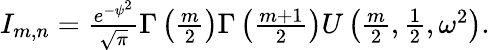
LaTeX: \begin{array}{r}{I_{m,n}=\frac{e^{-\psi^{2}}}{\sqrt{\pi}}\Gamma\left(\frac{m}{2}\right)\Gamma\left(\frac{m+1}{2}\right)U\left(\frac{m}{2},\frac{1}{2},\omega^{2}\right).}\end{array}